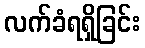
လက်ခံရရှိခြင်း